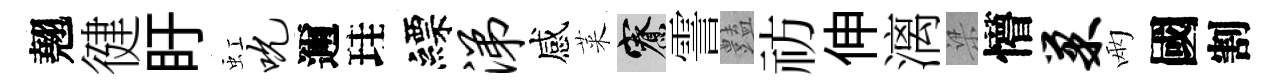
翹徤盱虹吮邇珪縹涕感萊寮霅𧰟祊伸漓梁懵巢兩國割